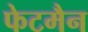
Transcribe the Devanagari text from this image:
फेटमैन